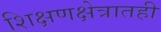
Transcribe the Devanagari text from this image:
शिक्षणक्षेत्रातही